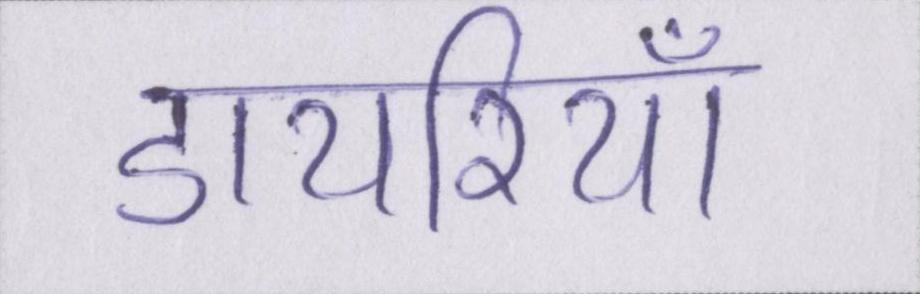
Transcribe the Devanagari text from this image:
डायरियाँ